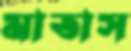
মাতাস